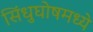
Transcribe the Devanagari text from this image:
सिंधुघोषमध्ये